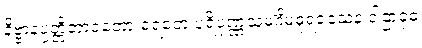
နိဗ္ဗာနပ္ပတ္တိဘာဝတော စရတေ ပရိပုဏ္ဏသမင်္ဂိမဓုရဝသေန ဒါဌာဝုဓ